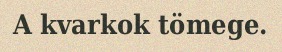
A kvarkok tömege.